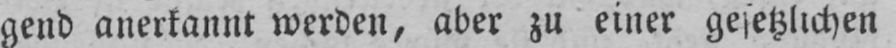
gend anerkannt werden, aber zu einer gesetzlichen